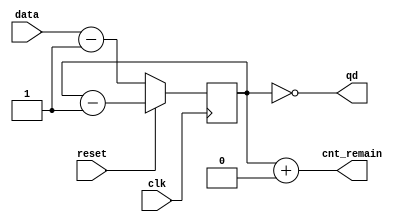
`timescale 1ns/1ps
module down_counter(
    input clk,
    input reset,
    input [7:0] data,
    output qd,
    output [7:0]cnt_remain
    );
    parameter [7:0]mod = 8'b00000000;
    reg [7:0]cnt;
    assign qd = !cnt;
    assign cnt_remain = cnt + mod;
    initial cnt = 8'b01010101;
    always @( negedge clk)
            if (!reset)
                cnt = data - 1;//  0
            else 
                cnt = cnt - 1; // 
endmodule